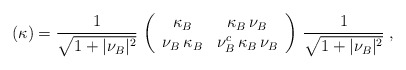
\begin{align*}(\kappa)={1\over\sqrt{1+\vert\nu_B\vert^2}}\,\left(\begin{array}{c c}\kappa_B & \kappa_B\,\nu_B\\\nu_B\,\kappa_B & \nu_B^c\,\kappa_B\,\nu_B\end{array}\right)\,{1\over\sqrt{1+\vert\nu_B\vert^2}}\;,\end{align*}